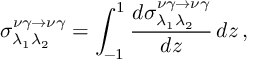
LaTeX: \sigma _ { \lambda _ { 1 } \lambda _ { 2 } } ^ { \nu \gamma \to \nu \gamma } = \int _ { - 1 } ^ { 1 } \frac { d { \sigma } _ { \lambda _ { 1 } \lambda _ { 2 } } ^ { \nu \gamma \to \nu \gamma } } { d z } \, d z \, ,